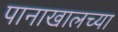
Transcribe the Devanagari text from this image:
पानाखालच्या